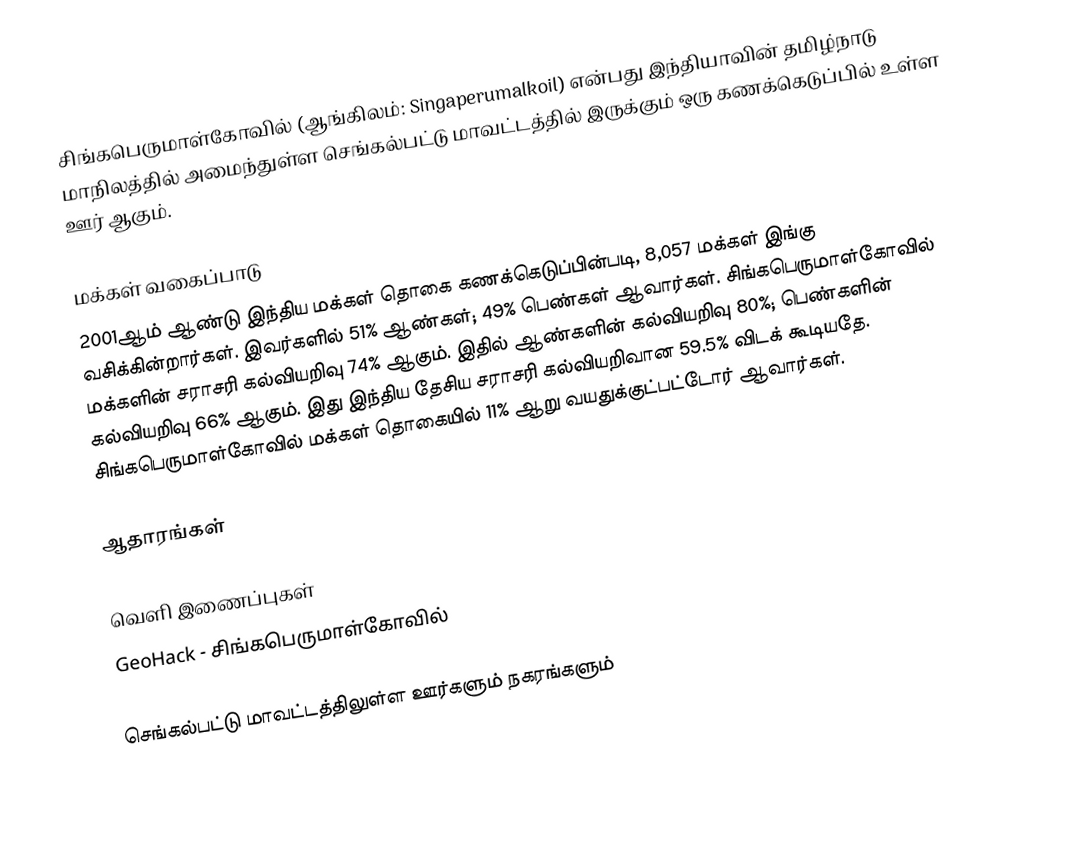
சிங்கபெருமாள்கோவில் (ஆங்கிலம்: Singaperumalkoil) என்பது இந்தியாவின் தமிழ்நாடு மாநிலத்தில் அமைந்துள்ள செங்கல்பட்டு மாவட்டத்தில் இருக்கும் ஒரு கணக்கெடுப்பில் உள்ள ஊர் ஆகும்.

மக்கள் வகைப்பாடு
2001ஆம் ஆண்டு இந்திய மக்கள் தொகை கணக்கெடுப்பின்படி, 8,057 மக்கள் இங்கு வசிக்கின்றார்கள். இவர்களில் 51% ஆண்கள்; 49% பெண்கள் ஆவார்கள். சிங்கபெருமாள்கோவில் மக்களின் சராசரி கல்வியறிவு 74% ஆகும். இதில் ஆண்களின் கல்வியறிவு 80%; பெண்களின் கல்வியறிவு 66% ஆகும். இது இந்திய தேசிய சராசரி கல்வியறிவான 59.5% விடக் கூடியதே. சிங்கபெருமாள்கோவில் மக்கள் தொகையில் 11% ஆறு வயதுக்குட்பட்டோர் ஆவார்கள்.

ஆதாரங்கள்

வெளி இணைப்புகள்
 GeoHack - சிங்கபெருமாள்கோவில்

செங்கல்பட்டு மாவட்டத்திலுள்ள ஊர்களும் நகரங்களும்